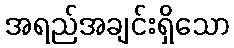
အရည်အချင်းရှိသော